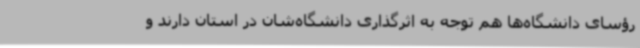
رؤسای دانشگاه‌ها هم توجه به اثرگذاری دانشگاه‌شان در استان دارند و